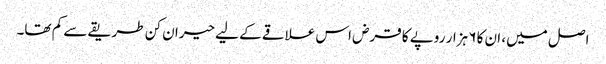
اصل میں، ان کا ۶ ہزار روپے کا قرض اس علاقے کے لیے حیران کن طریقے سے کم تھا۔